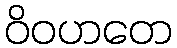
ဝိဝဟတေ